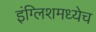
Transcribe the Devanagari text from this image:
इंग्लिशमध्येच